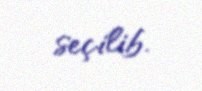
seçilib.